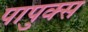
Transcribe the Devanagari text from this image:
पापुक्स